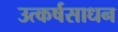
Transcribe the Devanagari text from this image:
उत्कर्षसाधन